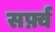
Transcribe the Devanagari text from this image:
सर्फ़्व